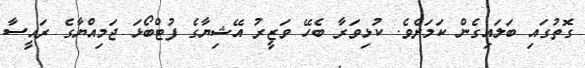
ގޮތުގައި ބަލައިގެން ކަމަށެވެ. ކުޅިވަރާ ބެހޭ ވަޒީރު އޭޝިޔާގެ ފުޓްބޯޅަ ޖަމިއްޔާގެ ރައީސާ